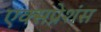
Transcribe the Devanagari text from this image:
एक्सप्रेशंस